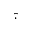
\hat { \cdot }